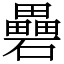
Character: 礨